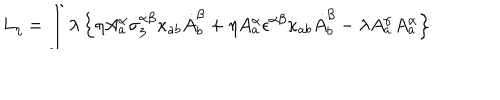
L _ { \eta } = \int \lambda \left\{ \eta A _ { a } ^ { \alpha } \sigma _ { 3 } ^ { \alpha \beta } \kappa _ { a b } \dot { A } _ { b } ^ { \beta } + \eta A _ { a } ^ { \alpha } \epsilon ^ { \alpha \beta } \kappa _ { a b } \dot { A } _ { b } ^ { \beta } - \lambda A _ { a } ^ { \alpha } A _ { a } ^ { \alpha } \right\}